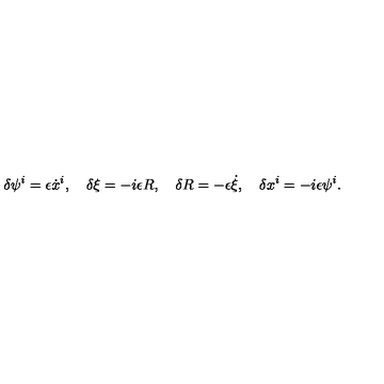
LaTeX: \delta \psi ^ { i } = \epsilon \dot { x } ^ { i } , \quad \delta \xi = - i \epsilon R , \quad \delta R = - \epsilon \dot { \xi } , \quad \delta x ^ { i } = - i \epsilon \psi ^ { i } .